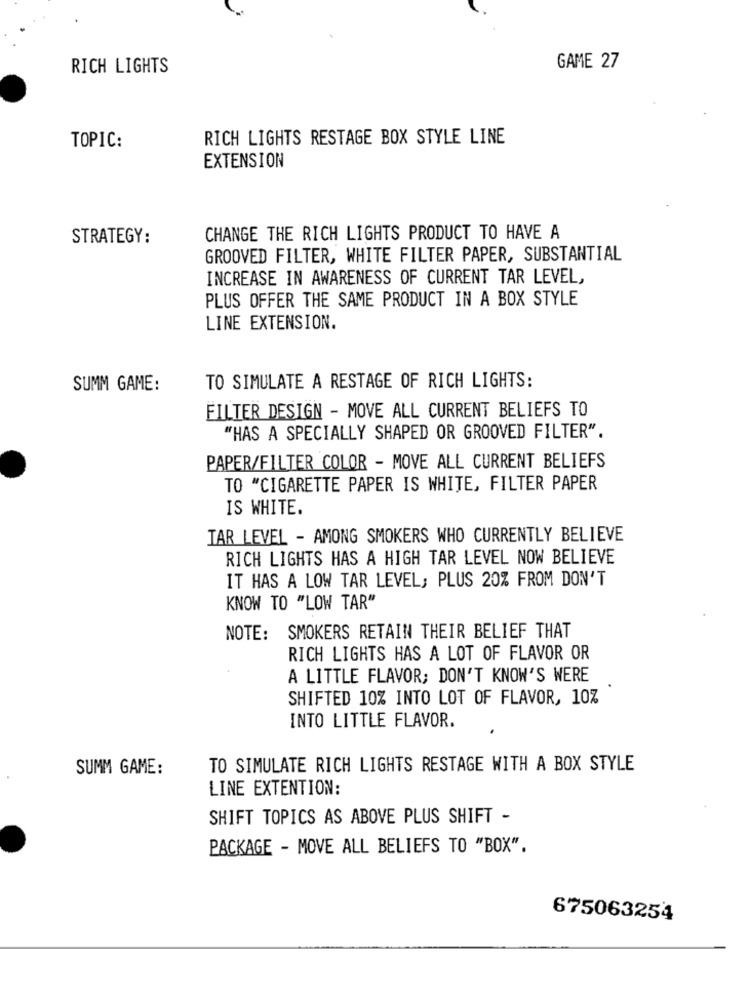
RICH LIGHTS
GAME 27
RICH LIGHTS RESTAGE BOX STYLE LINE
TOPIC:
EXTENSION
STRATEGY:
CHANGE THE RICH LIGHTS PRODUCT TO HAVE A
GROOVED FILTER, WHITE FILTER PAPER, SUBSTANTIAL
INCREASE IN AWARENESS OF CURRENT TAR LEVEL,
PLUS OFFER THE SAME PRODUCT IN A BOX STYLE
LINE EXTENSION.
TO SIMULATE A RESTAGE OF RICH LIGHTS:
SUMM GAME:
FILTER DESIGN - MOVE ALL CURRENT BELIEFS TO
"HAS A SPECIALLY SHAPED OR GROOVED FILTER".
PAPER/FILTER COLOR - MOVE ALL CURRENT BELIEFS
TO "CIGARETTE PAPER IS WHITE, FILTER PAPER
IS WHITE.
TAR LEVEL - AMONG SMOKERS WHO CURRENTLY BELIEVE
RICH LIGHTS HAS A HIGH TAR LEVEL NOW BELIEVE
IT HAS A LOW TAR LEVEL; PLUS 20% FROM DON'T
KNOW TO "LOW TAR"
NOTE: SMOKERS RETAIN THEIR BELIEF THAT
RICH LIGHTS HAS A LOT OF FLAVOR OR
A LITTLE FLAVOR; DON'T KNOW'S WERE
SHIFTED 10% INTO LOT OF FLAVOR, 10%
INTO LITTLE FLAVOR.
SUMM GAME:
TO SIMULATE RICH LIGHTS RESTAGE WITH A BOX STYLE
LINE EXTENTION:
SHIFT TOPICS AS ABOVE PLUS SHIFT -
PACKAGE - MOVE ALL BELIEFS TO "BOX".
675063254